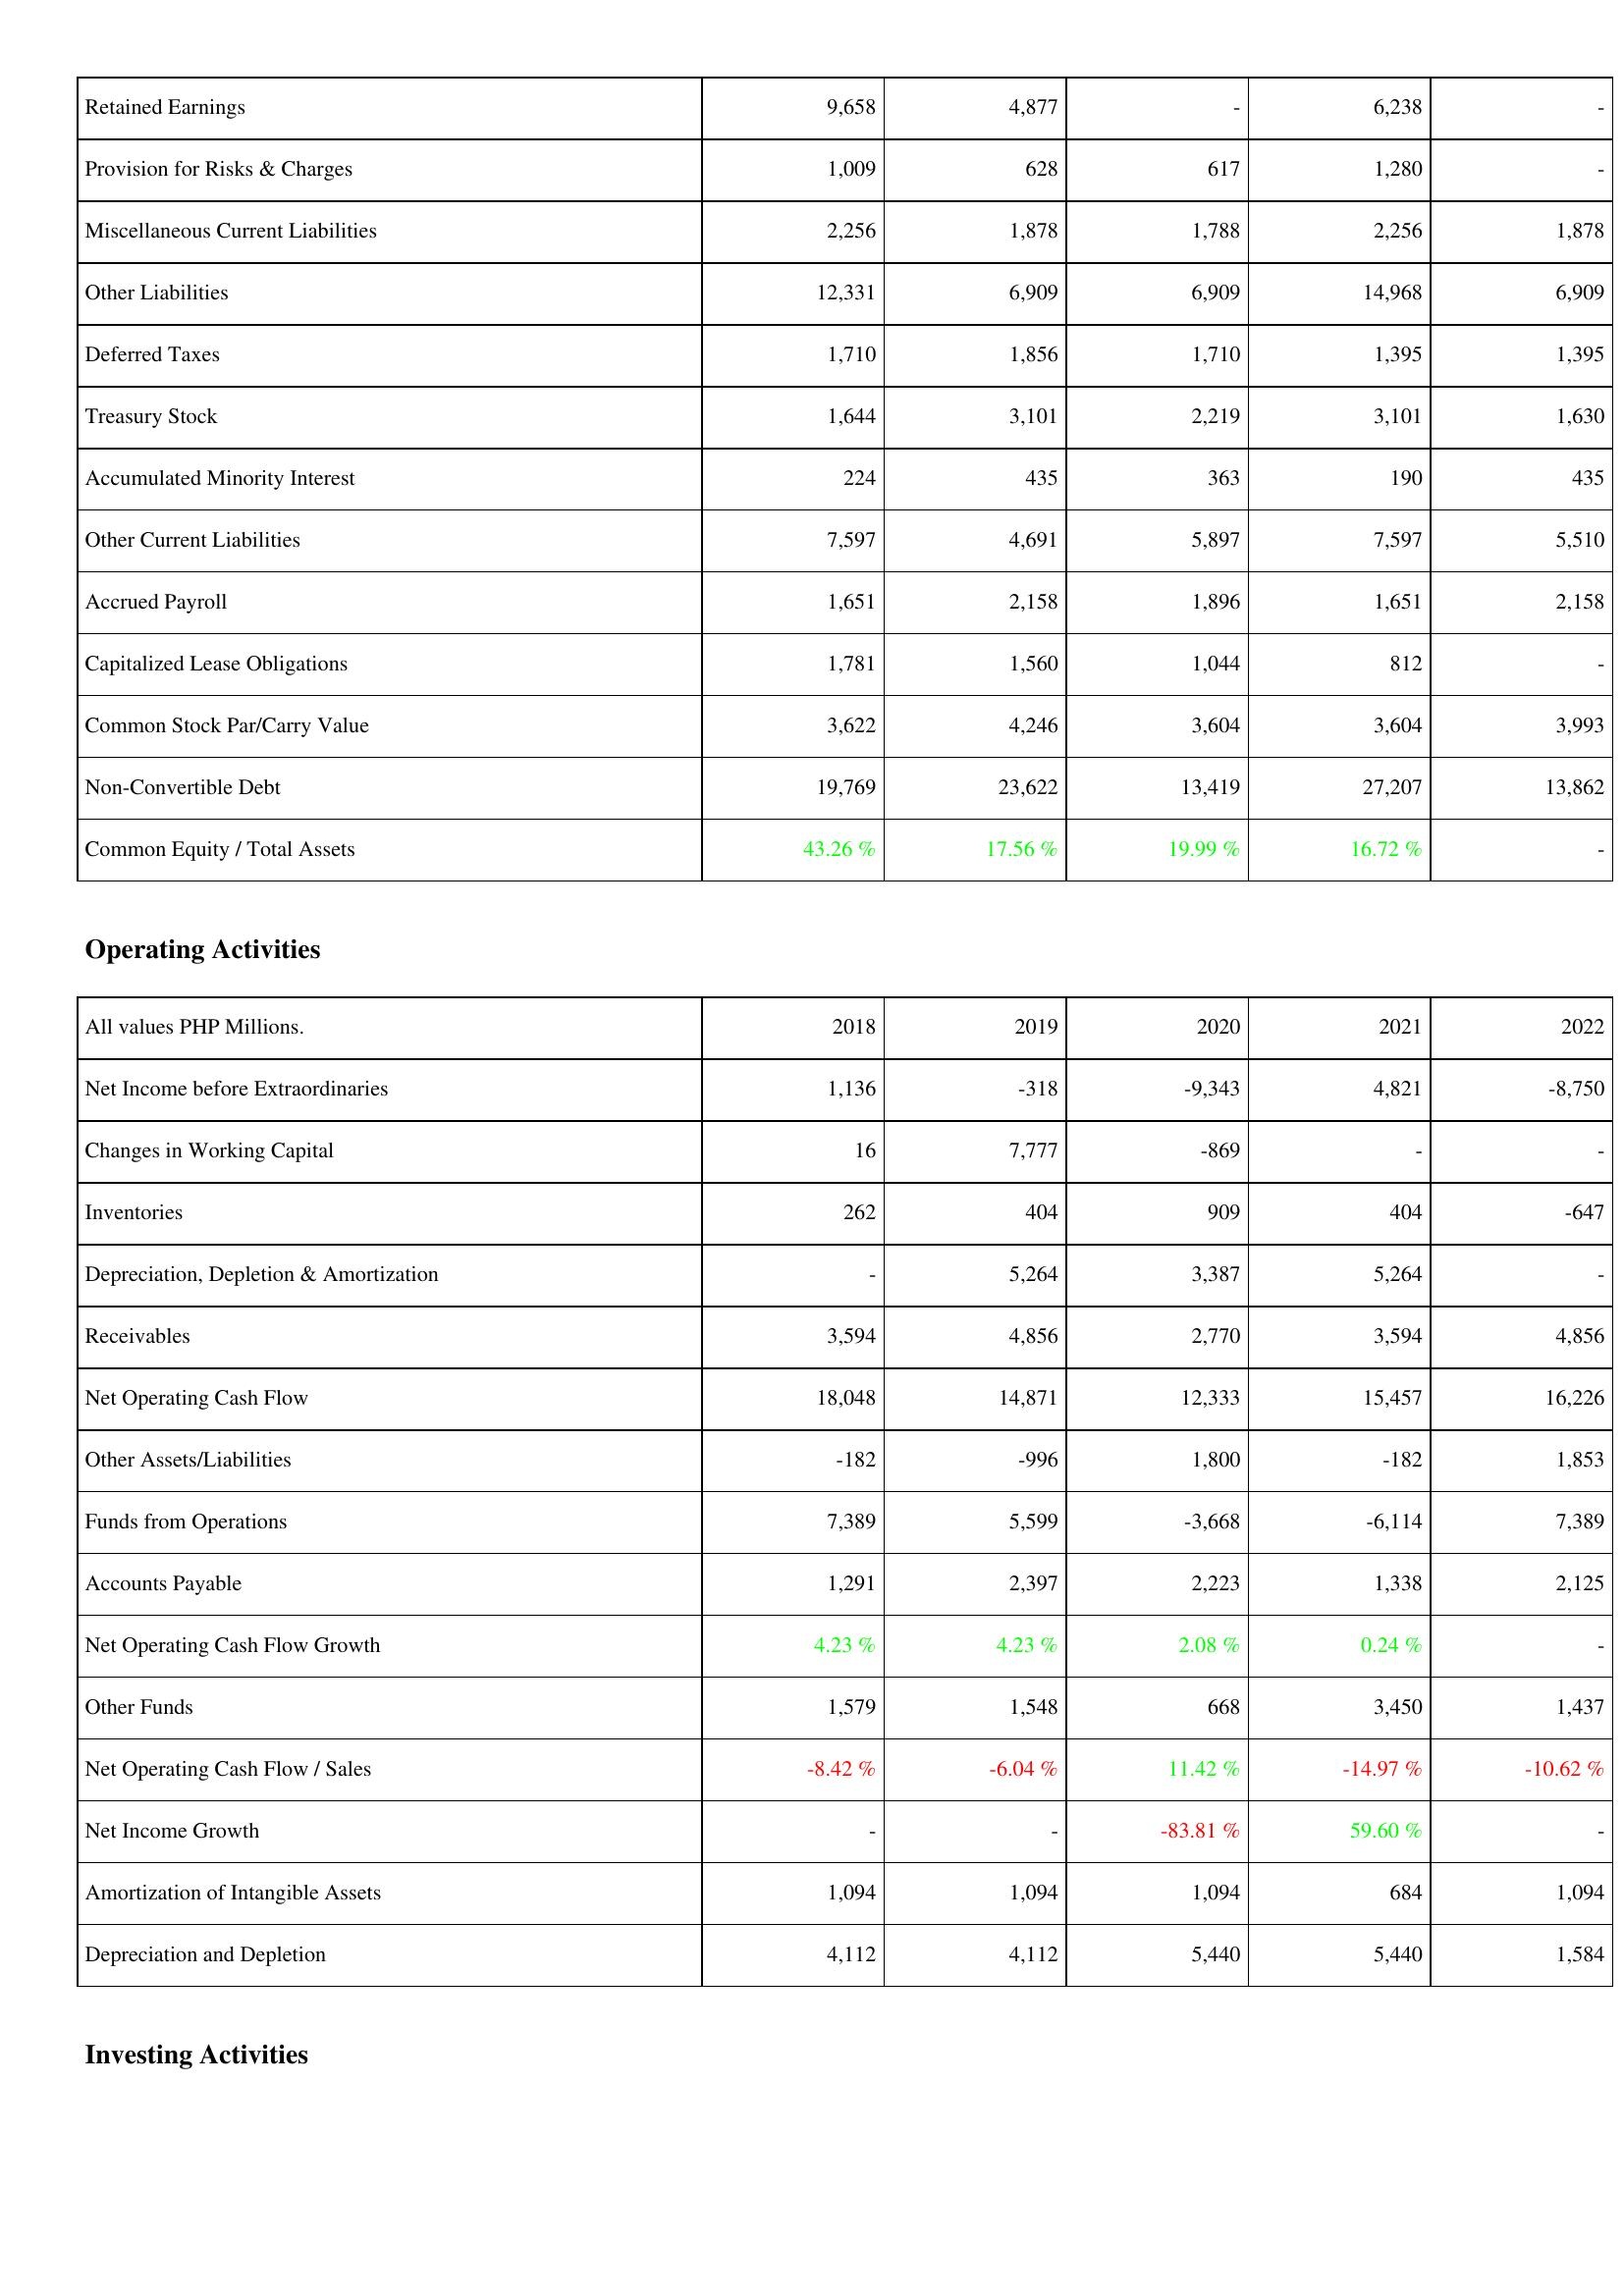
2018: Liabilities & Shareholders' Equity: Retained Earnings: 9,658
Provision for Risks & Charges: 1,009
Miscellaneous Current Liabilities: 2,256
Other Liabilities: 12,331
Deferred Taxes: 1,710
Treasury Stock: 1,644
Accumulated Minority Interest: 224
Other Current Liabilities: 7,597
Accrued Payroll: 1,651
Capitalized Lease Obligations: 1,781
Common Stock Par/Carry Value: 3,622
Non-Convertible Debt: 19,769
Common Equity / Total Assets: 43.26 %
Operating Activities: Net Income before Extraordinaries: 1,136
Changes in Working Capital: 16
Inventories: 262
Depreciation, Depletion & Amortization: -
Receivables: 3,594
Net Operating Cash Flow: 18,048
Other Assets/Liabilities: -182
Funds from Operations: 7,389
Accounts Payable: 1,291
Net Operating Cash Flow Growth: 4.23 %
Other Funds: 1,579
Net Operating Cash Flow / Sales: -8.42 %
Net Income Growth: -
Amortization of Intangible Assets: 1,094
Depreciation and Depletion: 4,112
2019: Liabilities & Shareholders' Equity: Retained Earnings: 4,877
Provision for Risks & Charges: 628
Miscellaneous Current Liabilities: 1,878
Other Liabilities: 6,909
Deferred Taxes: 1,856
Treasury Stock: 3,101
Accumulated Minority Interest: 435
Other Current Liabilities: 4,691
Accrued Payroll: 2,158
Capitalized Lease Obligations: 1,560
Common Stock Par/Carry Value: 4,246
Non-Convertible Debt: 23,622
Common Equity / Total Assets: 17.56 %
Operating Activities: Net Income before Extraordinaries: -318
Changes in Working Capital: 7,777
Inventories: 404
Depreciation, Depletion & Amortization: 5,264
Receivables: 4,856
Net Operating Cash Flow: 14,871
Other Assets/Liabilities: -996
Funds from Operations: 5,599
Accounts Payable: 2,397
Net Operating Cash Flow Growth: 4.23 %
Other Funds: 1,548
Net Operating Cash Flow / Sales: -6.04 %
Net Income Growth: -
Amortization of Intangible Assets: 1,094
Depreciation and Depletion: 4,112
2020: Liabilities & Shareholders' Equity: Retained Earnings: -
Provision for Risks & Charges: 617
Miscellaneous Current Liabilities: 1,788
Other Liabilities: 6,909
Deferred Taxes: 1,710
Treasury Stock: 2,219
Accumulated Minority Interest: 363
Other Current Liabilities: 5,897
Accrued Payroll: 1,896
Capitalized Lease Obligations: 1,044
Common Stock Par/Carry Value: 3,604
Non-Convertible Debt: 13,419
Common Equity / Total Assets: 19.99 %
Operating Activities: Net Income before Extraordinaries: -9,343
Changes in Working Capital: -869
Inventories: 909
Depreciation, Depletion & Amortization: 3,387
Receivables: 2,770
Net Operating Cash Flow: 12,333
Other Assets/Liabilities: 1,800
Funds from Operations: -3,668
Accounts Payable: 2,223
Net Operating Cash Flow Growth: 2.08 %
Other Funds: 668
Net Operating Cash Flow / Sales: 11.42 %
Net Income Growth: -83.81 %
Amortization of Intangible Assets: 1,094
Depreciation and Depletion: 5,440
2021: Liabilities & Shareholders' Equity: Retained Earnings: 6,238
Provision for Risks & Charges: 1,280
Miscellaneous Current Liabilities: 2,256
Other Liabilities: 14,968
Deferred Taxes: 1,395
Treasury Stock: 3,101
Accumulated Minority Interest: 190
Other Current Liabilities: 7,597
Accrued Payroll: 1,651
Capitalized Lease Obligations: 812
Common Stock Par/Carry Value: 3,604
Non-Convertible Debt: 27,207
Common Equity / Total Assets: 16.72 %
Operating Activities: Net Income before Extraordinaries: 4,821
Changes in Working Capital: -
Inventories: 404
Depreciation, Depletion & Amortization: 5,264
Receivables: 3,594
Net Operating Cash Flow: 15,457
Other Assets/Liabilities: -182
Funds from Operations: -6,114
Accounts Payable: 1,338
Net Operating Cash Flow Growth: 0.24 %
Other Funds: 3,450
Net Operating Cash Flow / Sales: -14.97 %
Net Income Growth: 59.60 %
Amortization of Intangible Assets: 684
Depreciation and Depletion: 5,440
2022: Liabilities & Shareholders' Equity: Retained Earnings: -
Provision for Risks & Charges: -
Miscellaneous Current Liabilities: 1,878
Other Liabilities: 6,909
Deferred Taxes: 1,395
Treasury Stock: 1,630
Accumulated Minority Interest: 435
Other Current Liabilities: 5,510
Accrued Payroll: 2,158
Capitalized Lease Obligations: -
Common Stock Par/Carry Value: 3,993
Non-Convertible Debt: 13,862
Common Equity / Total Assets: -
Operating Activities: Net Income before Extraordinaries: -8,750
Changes in Working Capital: -
Inventories: -647
Depreciation, Depletion & Amortization: -
Receivables: 4,856
Net Operating Cash Flow: 16,226
Other Assets/Liabilities: 1,853
Funds from Operations: 7,389
Accounts Payable: 2,125
Net Operating Cash Flow Growth: -
Other Funds: 1,437
Net Operating Cash Flow / Sales: -10.62 %
Net Income Growth: -
Amortization of Intangible Assets: 1,094
Depreciation and Depletion: 1,584